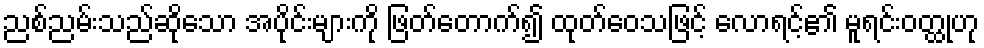
ညစ်ညမ်းသည်ဆိုသော အပိုင်းများကို ဖြတ်တောက်၍ ထုတ်ဝေသဖြင့် လောရင့်၏ မူရင်းဝတ္ထုဟု